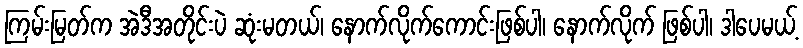
ကြမ်းမြတ်က အဲဒီအတိုင်းပဲ ဆုံးမတယ်၊ နောက်လိုက်ကောင်းဖြစ်ပါ၊ နောက်လိုက် ဖြစ်ပါ၊ ဒါပေမယ့်